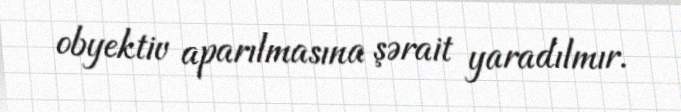
obyektiv aparılmasına şərait yaradılmır.